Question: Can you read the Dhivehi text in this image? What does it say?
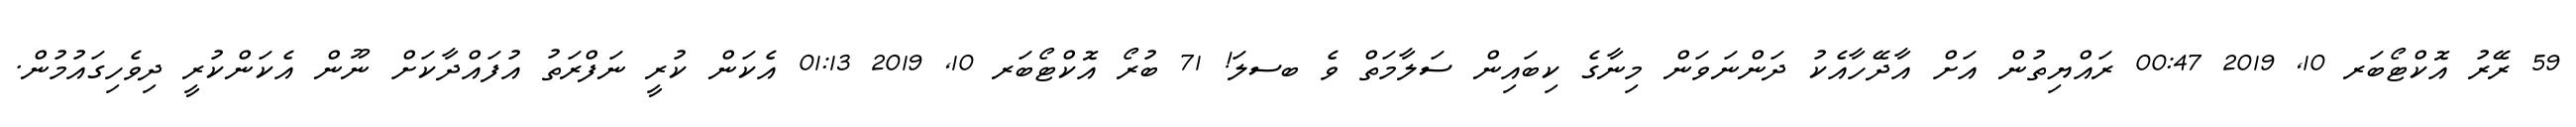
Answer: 59 ރޭރު އޮކްޓޯބަރ 10, 2019 00:47 ރައްޔިތުން އަށް އާދޭހާއެކު ދަންނަވަން މިނާގެ ކިބައިން ސަލާމަތް ވެ ބސލަ! 71 ބުރޯ އޮކްޓޯބަރ 10, 2019 01:13 އެކަން ކުރީ ނަފްރަތު އުފައްދާކަށް ނޫން އެކަންކުރީ ދިވެހިގައުމުން.